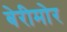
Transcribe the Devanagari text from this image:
बेरीमोर